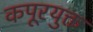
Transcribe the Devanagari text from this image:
कपूरयुक्त